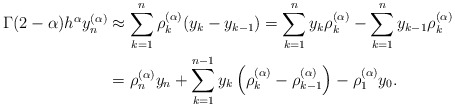
\begin{align*}\Gamma (2-\alpha)h^\alpha y^{(\alpha)}_n &\approx \sum_{k=1}^n \rho_k^{(\alpha)}(y_k-y_{k-1})=\sum_{k=1}^n y_k\rho_k^{(\alpha)}-\sum_{k=1}^n y_{k-1}\rho_{k}^{(\alpha)}\\& =\rho_n^{(\alpha)} y_n+\sum_{k=1}^{n-1} y_k\left(\rho_k^{(\alpha)}-\rho_{k-1}^{(\alpha)}\right)-\rho_1^{(\alpha)}y_0.\end{align*}